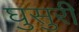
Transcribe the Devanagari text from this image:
घुसुरी